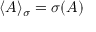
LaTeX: \langle A \rangle _ { \sigma } = \sigma ( A )